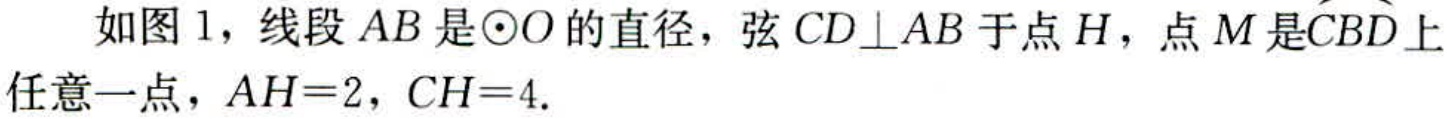
如图 1，线段 \(AB\) 是\(\odot O\)的直径，弦 \(CD\bot AB\)于点 \(H\)，点 \(M\)是\(\overset{\frown}{CBD}\)上任意一点，\(AH = 2\)，\(CH = 4\).